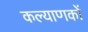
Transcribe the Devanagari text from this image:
कल्याणकों